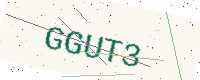
Text: GGUT3